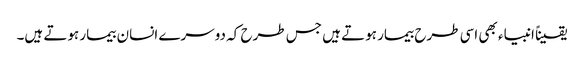
یقیناً انبیاء بھی اسی طرح بیمار ہوتے ہیں جس طرح کہ دوسرے انسان بیمار ہوتے ہیں۔